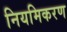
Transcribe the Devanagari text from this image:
नियमिकरण